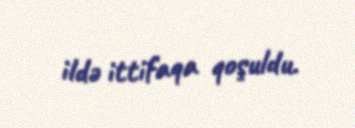
ildə ittifaqa qoşuldu.